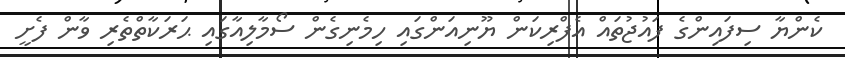
ކެންޔާ ސިފައިންގެ ފައުޖުތައް އެފްރިކަން ޔޫނިއަންގައި ހިމެނިގެން ސޯމާލިއާގައި ޙަރަކާތްތެރި ވާން ފެށީ